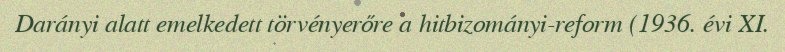
Darányi alatt emelkedett törvényerőre a hitbizományi-reform (1936. évi XI.